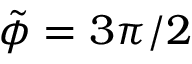
\tilde { \phi } = 3 \pi / 2